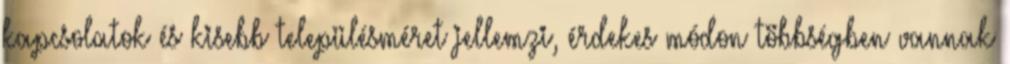
kapcsolatok és kisebb településméret jellemzi, érdekes módon többségben vannak